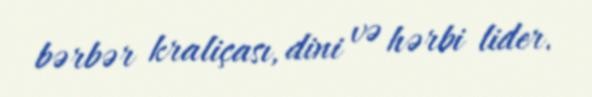
bərbər kraliçası, dini və hərbi lider.